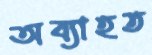
অব্যাহত